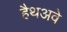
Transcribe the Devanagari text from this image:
हैथअवे